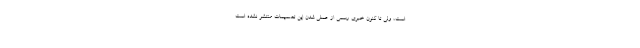
است، ولی تا کنون خبری رسمی از عملی شدن این تصمیمات منتشر نشده است.